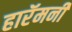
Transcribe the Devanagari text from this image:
हारॅमनी